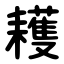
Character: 耯